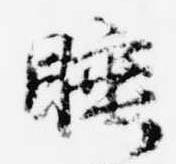
睡